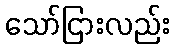
သော်ငြားလည်း